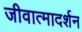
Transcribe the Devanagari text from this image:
जीवात्मादर्शन